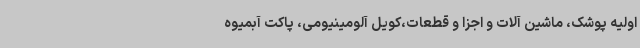
اولیه پوشک، ماشین آلات و اجزا و قطعات،کویل آلومینیومی، پاکت آبمیوه